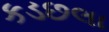
કડછલા